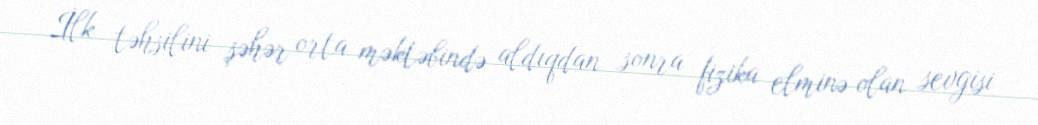
İlk təhsilini şəhər orta məktəbində aldıqdan sonra fizika elminə olan sevgisi